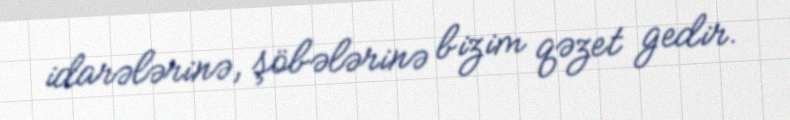
idarələrinə, şöbələrinə bizim qəzet gedir.